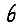
Digit: 6